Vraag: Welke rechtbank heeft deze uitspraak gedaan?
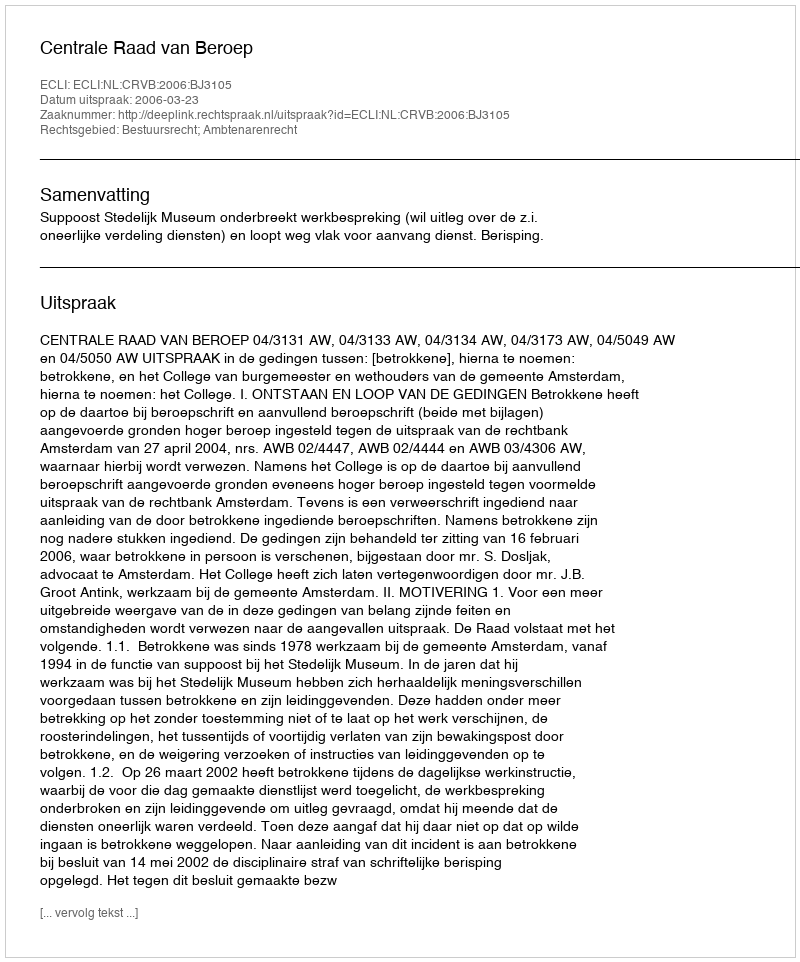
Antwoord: Centrale Raad van Beroep